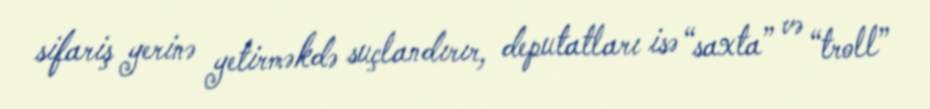
sifariş yerinə yetirməkdə suçlandırır, deputatları isə “saxta” və “troll”